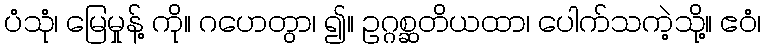
ပံသုံ၊ မြေမှုန့် ကို။ ဂဟေတွာ၊ ၍။ ဥဂ္ဂစ္ဆတိယထာ၊ ပေါက်သကဲ့သို့။ ဧဝံ၊